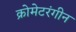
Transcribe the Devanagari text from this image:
क्रोमेटरंगीन